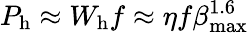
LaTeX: P_{\mathrm{h}}\approx{W}_{\mathrm{h}}f\approx\eta{f}\beta_{\mathrm{max}}^{1.6}